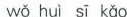
wǒ huì si kào